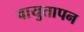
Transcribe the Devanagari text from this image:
वायुतापन